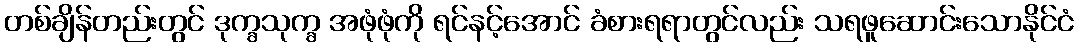
တစ်ချိန်တည်းတွင် ဒုက္ခသုက္ခ အဖုံဖုံကို ရင်နင့်အောင် ခံစားရရာတွင်လည်း သရဖူဆောင်းသောနိုင်ငံ